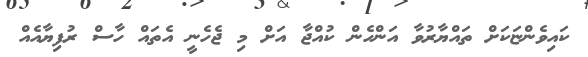
ކައިވެންޏަކަށް ތައްޔާރުވާ އަންހެން ކުއްޖާ އަށް މި ޖެހެނީ އެތައް ހާސް ރުފިޔާއެއް